Annual statistical returns and brief notes on vaccination in Bengal - 1909-1929
Year: 1909
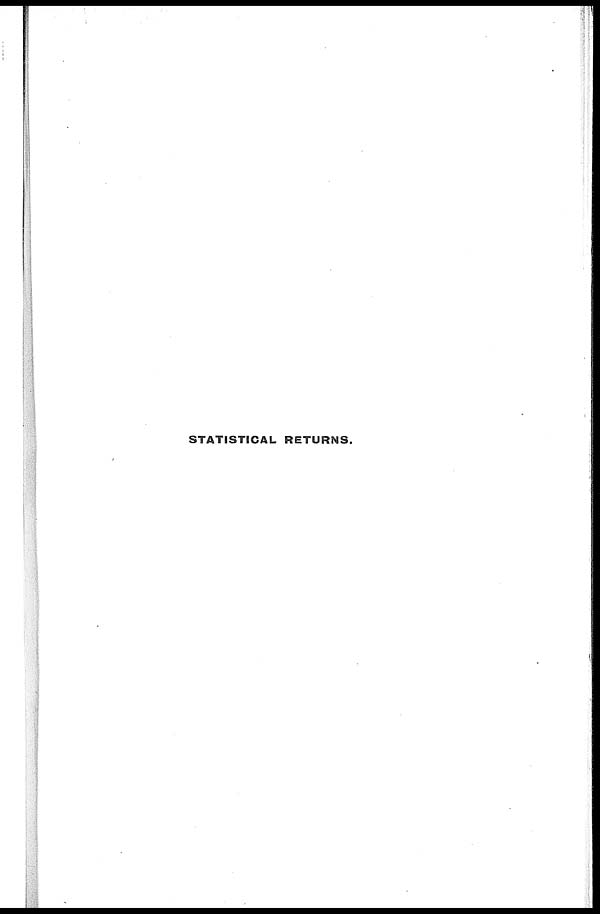
STATISTICAL RETURNS.